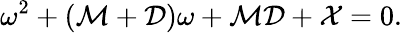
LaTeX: \omega^{2}+(\mathcal{M}+\mathcal{D})\omega+\mathcal{M}\mathcal{D}+\mathcal{X}=0.